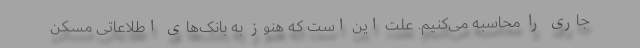
جاری را محاسبه می‌کنیم. علت این است که هنوز به بانک‌های اطلاعاتی مسکن